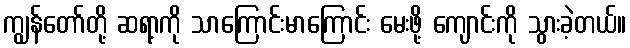
ကျွန်တော်တို့ ဆရာ့ကို သာကြောင်းမာကြောင်း မေးဖို့ ကျောင်းကို သွားခဲ့တယ်။